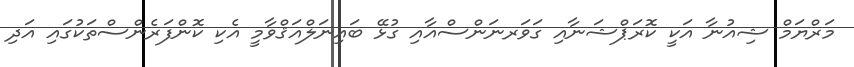
މަރްޔަމް ޝިއުނާ އަކީ ކޮރަޕްޝަނާއި ގަވަރނަންސްއާއި ގުޅޭ ބައިނަލްއަޤްވާމީ އެކި ކޮންފަރެންސްތަކުގައި އަދި